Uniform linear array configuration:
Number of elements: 24
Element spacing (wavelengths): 0.5
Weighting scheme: uniform
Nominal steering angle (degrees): -60
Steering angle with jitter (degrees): -59.661
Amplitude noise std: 0.05
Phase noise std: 0.05

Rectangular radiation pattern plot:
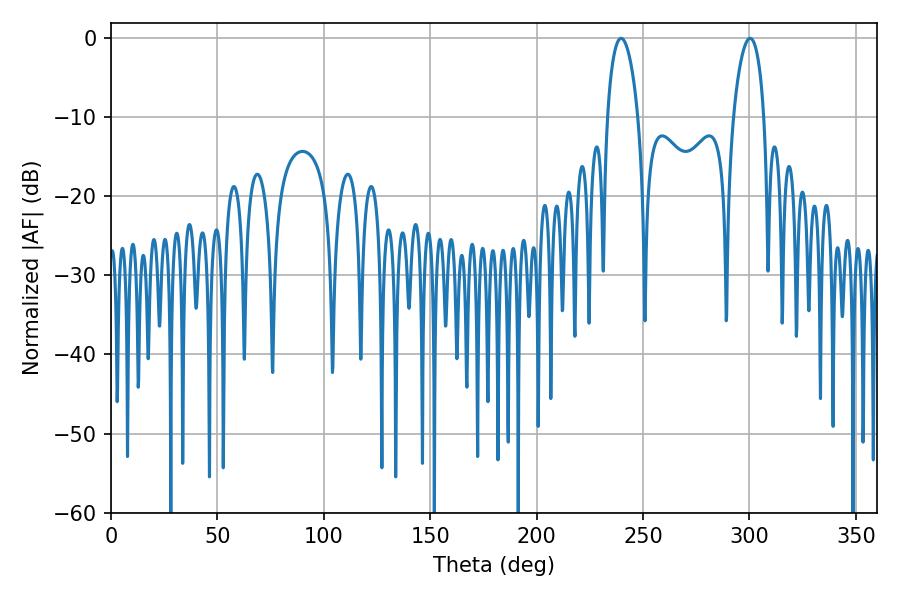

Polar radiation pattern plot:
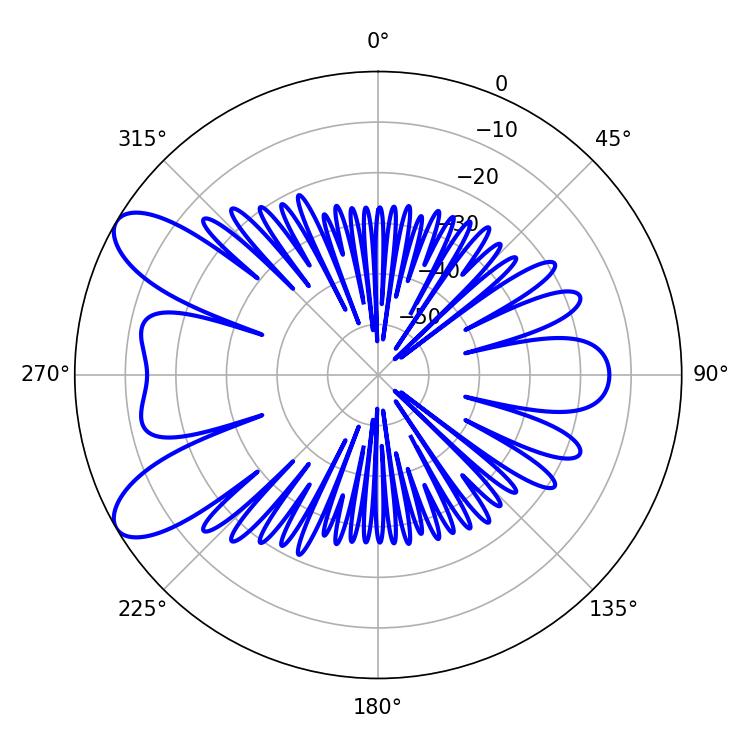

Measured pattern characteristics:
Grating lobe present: FALSE
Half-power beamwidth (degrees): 8.28
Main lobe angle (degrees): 239.76